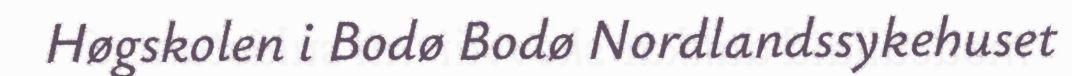
Høgskolen i Bodø Bodø Nordlandssykehuset